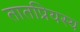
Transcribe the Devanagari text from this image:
तातप्रियस्य